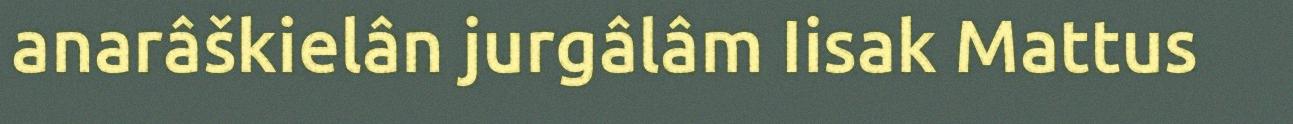
anarâškielân jurgâlâm Iisak Mattus